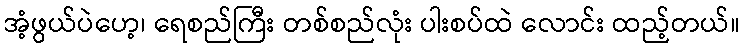
အံ့ဖွယ်ပဲဟေ့၊ ရေစည်ကြီး တစ်စည်လုံး ပါးစပ်ထဲ လောင်း ထည့်တယ်။